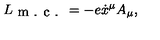
L _ { \textrm { m . c . } } = - e \dot { x } ^ { \mu } A _ { \mu } ,